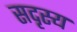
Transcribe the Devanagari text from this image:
सदृस्य